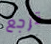
ترجع